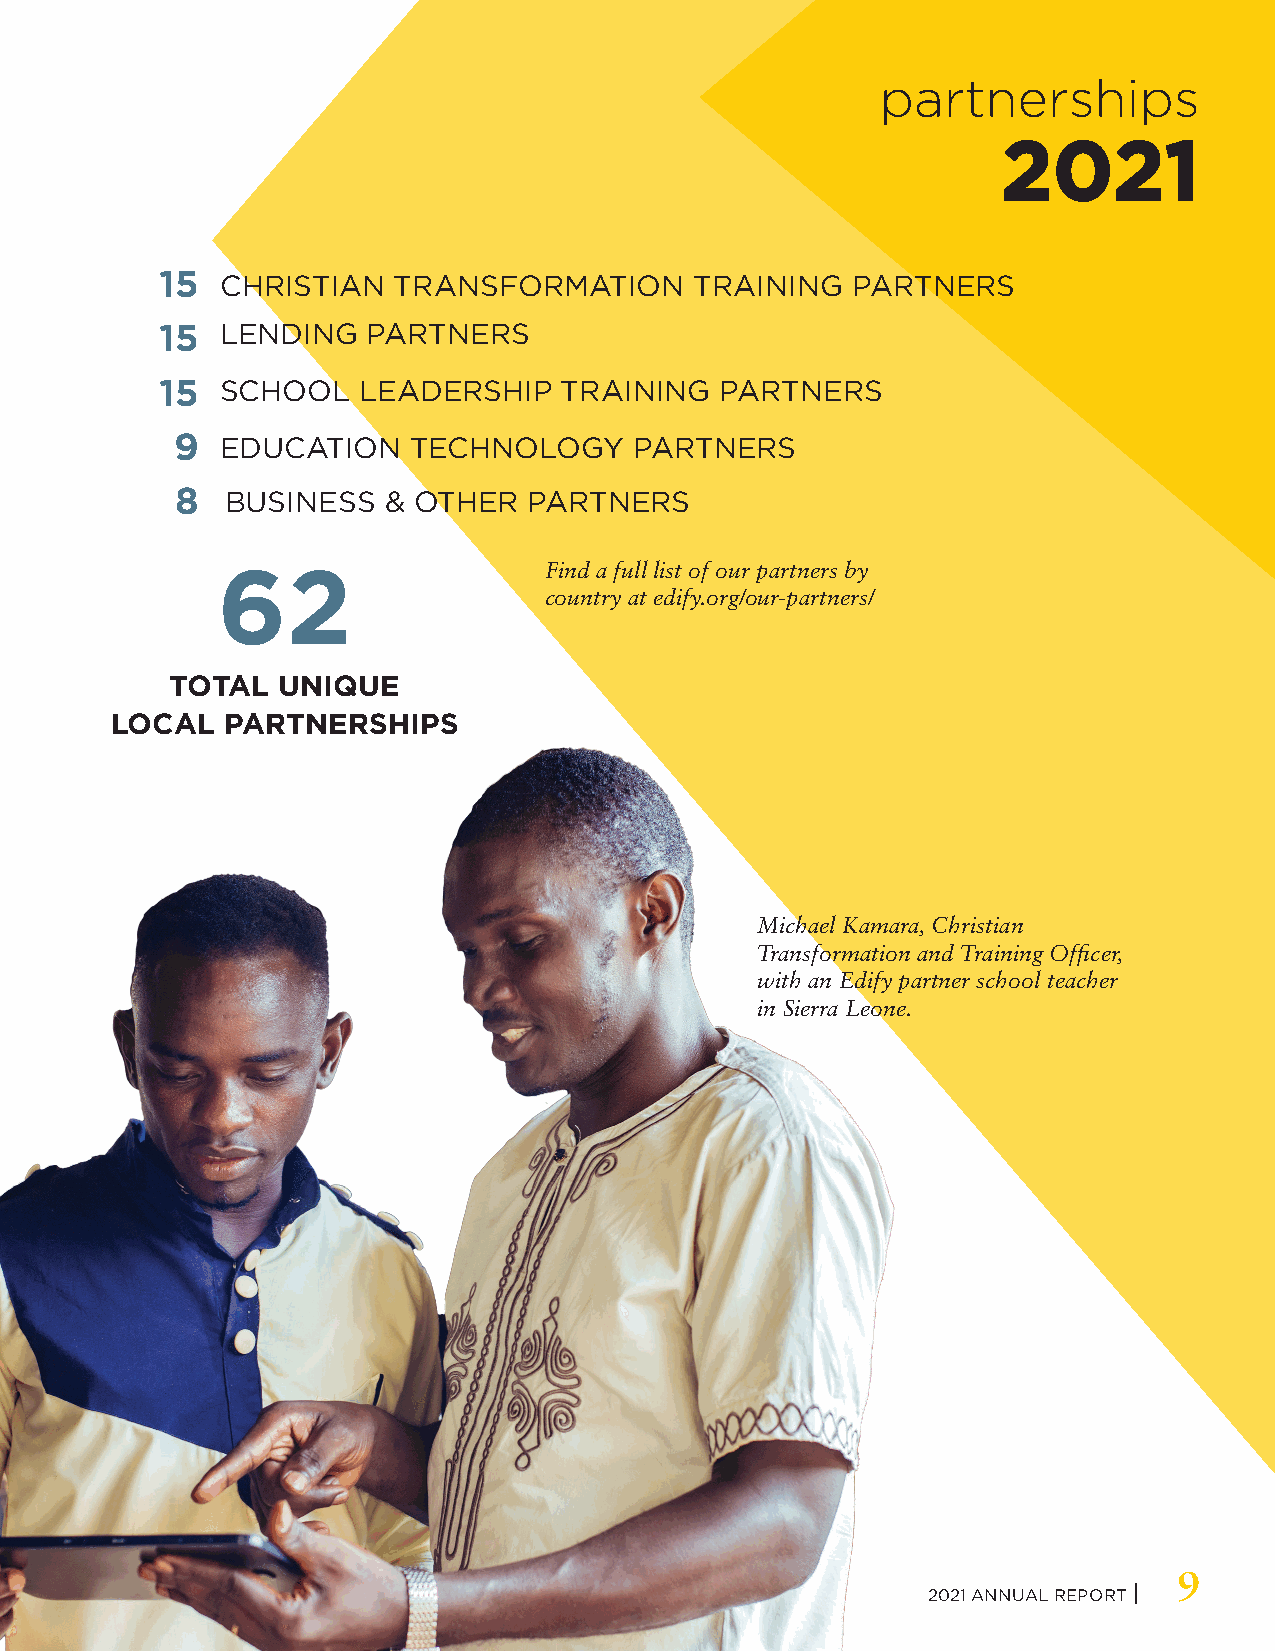
partnerships
 22002211
 15  CHRISTIAN  TRANSFORMATION      TRAINING  PARTNERS
 15  LENDING  PARTNERS
 15  SCHOOL   LEADERSHIP   TRAINING   PARTNERS
 9   EDUCATION   TECHNOLOGY     PARTNERS
 8  BUSINESS  & OTHER   PARTNERS
 Find a full list of our partners by
 62
 country at edify.org/our-partners/
 TOTAL  UNIQUE
 LOCAL   PARTNERSHIPS
 Michael Kamara, Christian
 Transformation and Training Officer,
 with an Edify partner school teacher
 in Sierra Leone.
 9
 2021 ANNUAL REPORT |